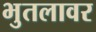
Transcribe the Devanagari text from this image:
भुतलावर